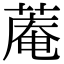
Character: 蓭